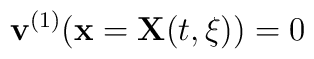
{\bf v}^{(1)} ({\bf x} = {\bf X}(t, \xi)) = 0